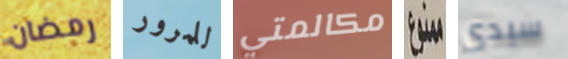
رمضان للمرور مكالمتي ممنوع سيدي